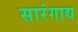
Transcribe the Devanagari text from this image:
सारंगाद्य